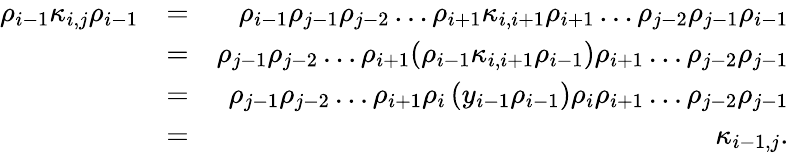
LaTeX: \begin{array}{rlr}{\rho_{i-1}\kappa_{i,j}\rho_{i-1}}&{=}&{\rho_{i-1}\rho_{j-1}\rho_{j-2}\ldots\rho_{i+1}\kappa_{i,i+1}\rho_{i+1}\ldots\rho_{j-2}\rho_{j-1}\rho_{i-1}}\\ &{=}&{\rho_{j-1}\rho_{j-2}\ldots\rho_{i+1}(\rho_{i-1}\kappa_{i,i+1}\rho_{i-1})\rho_{i+1}\ldots\rho_{j-2}\rho_{j-1}}\\ &{=}&{\rho_{j-1}\rho_{j-2}\ldots\rho_{i+1}\rho_{i}\left(y_{i-1}\rho_{i-1}\right)\rho_{i}\rho_{i+1}\ldots\rho_{j-2}\rho_{j-1}}\\ &{=}&{\kappa_{i-1,j}.}\end{array}